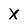
Character: X